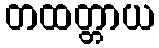
တထတ္တာယ